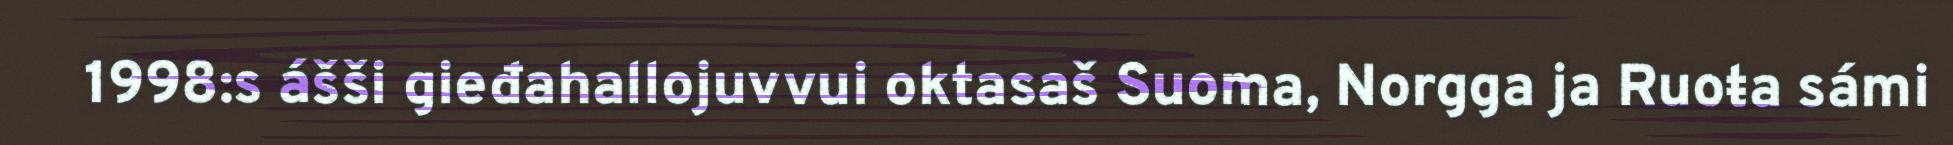
1998:s ášši gieđahallojuvvui oktasaš Suoma, Norgga ja Ruoŧa sámi